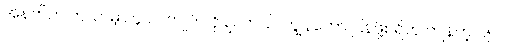
အနက်က ကသာမှာ ၄၀၀ ကျုပ် လိုချင်တယ်၊ ကျွန်တော် ပြန်ဖို့စရိတ် ကျန်တဲ့ ၁၅၀၀